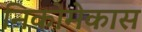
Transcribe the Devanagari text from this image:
निकोमेकास